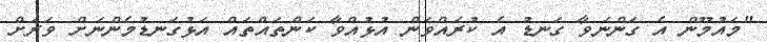
"މައުމޫން އެ ގަންނަވާ ގަނޑު އެ ކުރައްވަން އުޅުއްވާ ކަންތައްތައް އަޅުގަނޑުމެންނަށް ވަރަށް